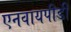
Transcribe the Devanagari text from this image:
एनवायपीडी